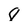
Character: 8